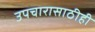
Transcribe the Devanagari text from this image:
उपचारासाठीही